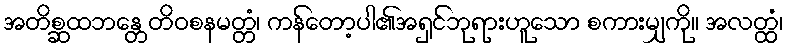
အတိစ္ဆထဘန္တေတိဝစနမတ္တံ၊ ကန်တော့ပါ၏အရှင်ဘုရားဟူသော စကားမျှကို။ အလတ္ထံ၊